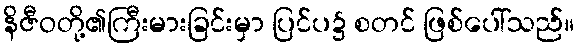
နိဇီဝတို့၏ကြီးမားခြင်းမှာ ပြင်ပ၌ စတင် ဖြစ်ပေါ်သည်။